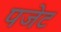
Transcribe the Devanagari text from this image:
पजेट